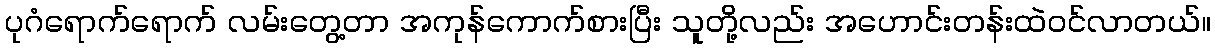
ပုဂံရောက်ရောက် လမ်းတွေ့တာ အကုန်ကောက်စားပြီး သူတို့လည်း အဟောင်းတန်းထဲဝင်လာတယ်။